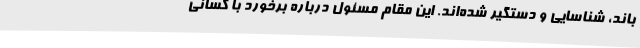
باند، شناسایی و دستگیر شده‌اند. این مقام مسئول درباره برخورد با کسانی